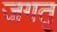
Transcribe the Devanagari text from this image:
जगतृ